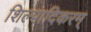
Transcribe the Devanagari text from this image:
शिल्पादिकरम्